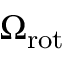
\Omega _ { \mathrm { { r o t } } }